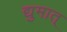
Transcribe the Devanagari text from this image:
द्युमात्